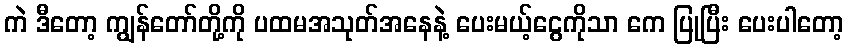
ကဲ ဒီတော့ ကျွန်တော်တို့ကို ပထမအသုတ်အနေနဲ့ ပေးမယ့်ငွေကိုသာ ကေ ပြုပြီး ပေးပါတော့